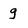
Character: g